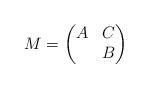
LaTeX: \begin{align*}M= \begin{pmatrix} A & C \\& B\end{pmatrix}\end{align*}